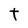
Character: t